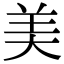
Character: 美